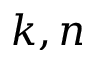
k , n